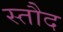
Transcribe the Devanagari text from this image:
स्तौद